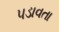
પડાવતા